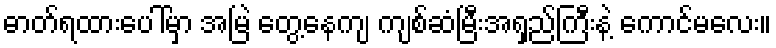
ဓာတ်ရထားပေါ်မှာ အမြဲ တွေ့နေကျ ကျစ်ဆံမြီးအရှည်ကြီးနဲ့ ကောင်မလေး။